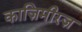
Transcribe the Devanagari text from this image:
काज़िमीरज़